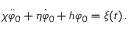
\chi \ddot { \varphi } _ { 0 } + \eta \dot { \varphi } _ { 0 } + h \varphi _ { 0 } = \xi ( t ) \, .